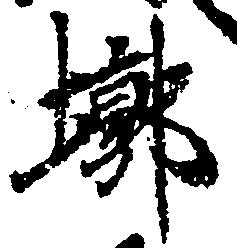
槨